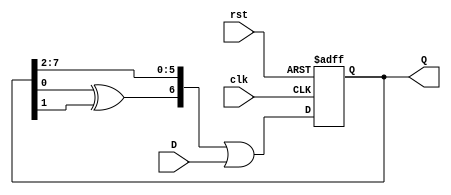
module FeedbackRegister #(
    parameter WIDTH = 8,  // Width of the register
    parameter INIT_STATE = 8'b00000000  // Initial state for reset
)(
    input wire clk,          // Clock input
    input wire rst,          // Reset input
    input wire [WIDTH-1:0] D, // Data input
    output reg [WIDTH-1:0] Q  // Current state output
);

    // Internal feedback logic (customize as needed)
    wire [WIDTH-1:0] feedback;
    
    // Example feedback logic: XORing two bits of the current state
    assign feedback = Q[0] ^ Q[1];  // Simple feedback example

    always @(posedge clk or posedge rst) begin
        if (rst) begin
            Q <= INIT_STATE;  // Reset to initial state
        end else begin
            // Update state based on feedback or new data
            Q <= {feedback, Q[WIDTH-1:2]} | D; // Example feedback-based state update
        end
    end

endmodule